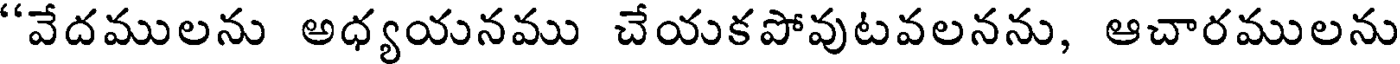
"వేదములను అధ్యయనము చేయకపోవుటవలనను, ఆచారములను